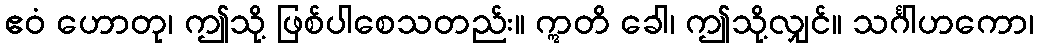
ဧဝံ ဟောတု၊ ဤသို့ ဖြစ်ပါစေသတည်း။ ဣတိ ခေါ၊ ဤသို့လျှင်။ သင်္ဂါဟကော၊